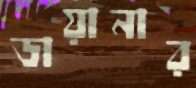
ডায়ানার